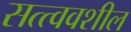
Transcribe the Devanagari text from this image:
सत्त्ववशील